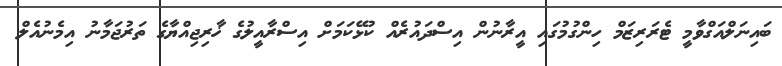
ބައިނަލްއަގްވާމީ ޓެރަރިޒަމް ހިންގުމުގައި އީރާނުން އިސްދައުރެއް ކުޅޭކަމަށް އިސްރާއީލުގެ ޚާރިޖިއްޔާގެ ތަރުޖަމާނު އިމެނުއެލް